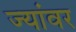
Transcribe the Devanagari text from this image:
ज्यांवर